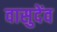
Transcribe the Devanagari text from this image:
वासुदेंव